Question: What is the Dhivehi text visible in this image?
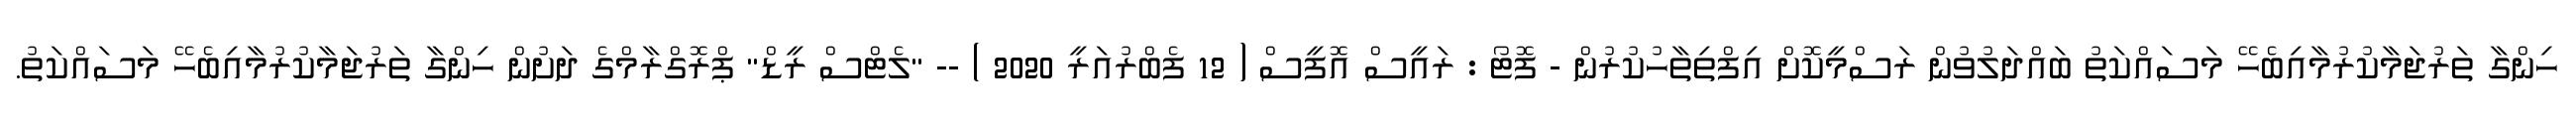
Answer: ހިންގާ ތަރުޖަމާކުރުމާއިބެހޭ މަސައްކަތު ބައްދަލުވުން ރަސްމީކޮށް އިފްތިތާހުކުރުން - ފޮޓޯ : ރައީސް އޮފީސް ( 12 ފެބްރުއަރީ 2020 ) -- "ލެޓްސް ރީޑް" ޕްރޮގްރާމްގެ ދަށުން ހިންގާ ތަރުޖަމާކުރުމާއިބެހޭ މަސައްކަތު.